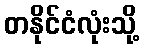
တနိုင်ငံလုံးသို့